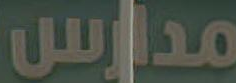
مدارس